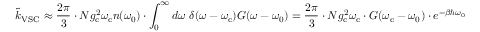
\tilde { k } _ { \mathrm { V S C } } \approx \frac { 2 \pi } { 3 } \cdot N g _ { \mathrm { c } } ^ { 2 } \omega _ { \mathrm { c } } n ( \omega _ { 0 } ) \cdot \int _ { 0 } ^ { \infty } d \omega ~ \delta ( \omega - \omega _ { \mathrm { c } } ) G ( \omega - \omega _ { 0 } ) = \frac { 2 \pi } { 3 } \cdot N g _ { \mathrm { c } } ^ { 2 } \omega _ { \mathrm { c } } \cdot G ( \omega _ { \mathrm { c } } - \omega _ { 0 } ) \cdot e ^ { - \beta \hbar \omega _ { 0 } }